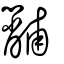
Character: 黼